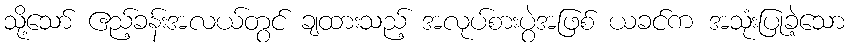
သို့သော် ဧည့်ခန်းအလယ်တွင် ချထားသည့် အလုပ်စားပွဲအဖြစ် ယခင်က အသုံးပြုခဲ့သော